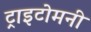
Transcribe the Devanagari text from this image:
ट्राइटोमनी